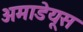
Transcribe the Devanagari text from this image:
अमाडेयूस